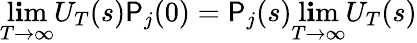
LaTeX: \operatorname*{l\mathbf{i}m}_{T\to\infty}U_{T}(s)\mathsf{P}_{j}(0)=\mathsf{P}_{j}(s)\operatorname*{l\mathbf{i}m}_{T\to\infty}U_{T}(s)